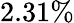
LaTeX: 2.31\%